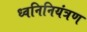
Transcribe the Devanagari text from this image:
ध्वनिनियंत्रण